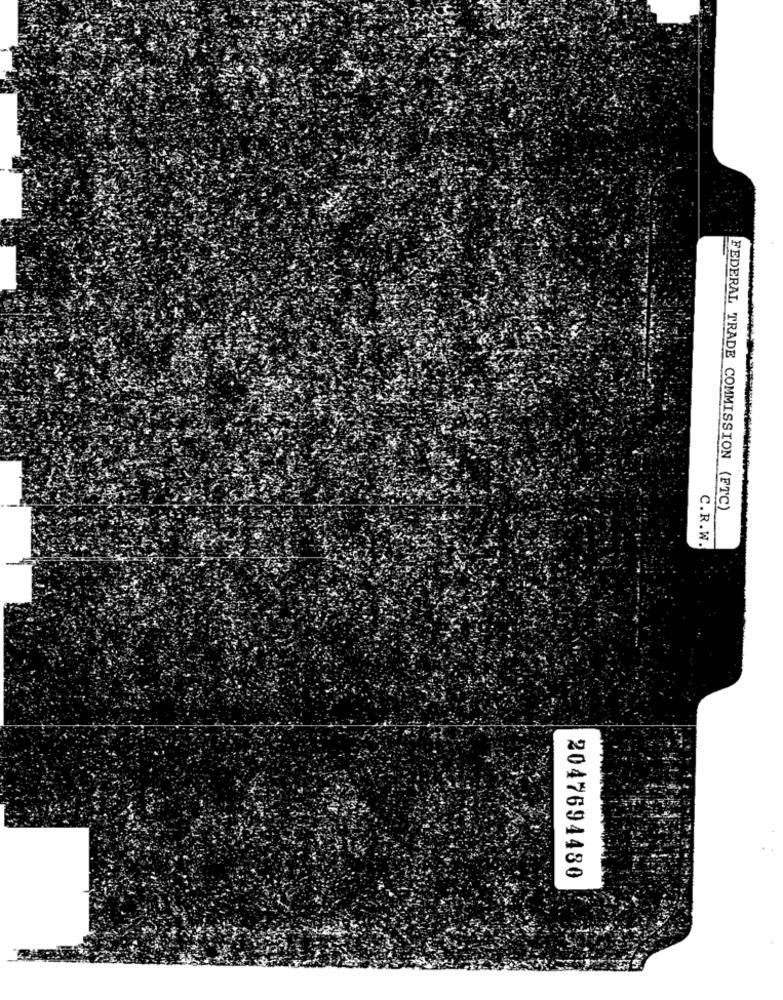
FEDERAL TRADE COMMISSION (FTC)
C.R.W.
2047694480